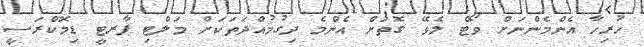
ހުރިހާ އެންމެންނަށް ވޯޓް ލެވޭ ގޮތަށް އެންމެ ދިގުމުއްދަތަކަށް މަލްޓި ޕާރޓީ ޑިމޮކްރަސީ